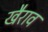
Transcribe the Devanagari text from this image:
खैराव